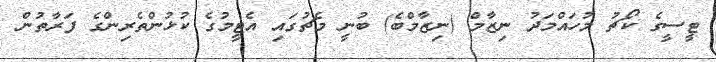
ޓީސީގެ ކޯޗު މުހައްމަދު ނިޒާމް (ނިޒާމްބެ) ބުނީ މެޗުގައި އެޓީމުގެ ކުޅުންތެރިންގެ ފަރާތުން